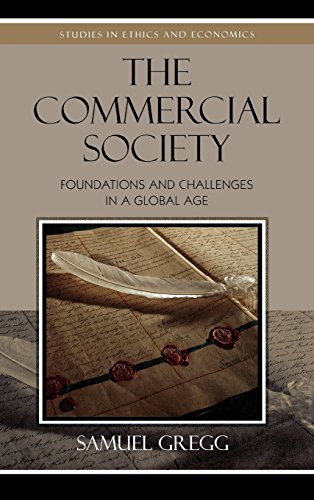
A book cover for The Commercial Society: Foundations and Challenges in a Global Age (Studies in Ethics and Economics); Samuel Gregg; Business & Money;